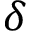
\delta